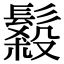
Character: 𩮫